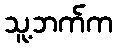
သူ့ဘက်က